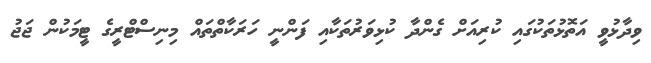
ވިދާޅުވީ އަތޮޅުތަކުގައި ކުރިއަށް ގެންދާ ކުޅިވަރުތަކާއި ފަންނީ ހަރަކާތްތައް މިނިސްޓްރީގެ ޓީމަކުން ޖަޖު